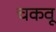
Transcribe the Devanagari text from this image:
चकवू